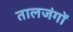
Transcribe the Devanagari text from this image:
तालजंगों